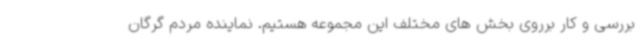
بررسی و کار برروی بخش های مختلف این مجموعه هستیم. نماینده مردم گرگان